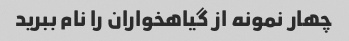
چهار نمونه از گیاهخواران را نام ببرید